Document type: Oath
Year: 1447
Scribe: Pere Figuerola
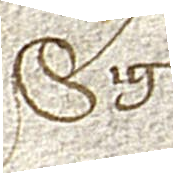
Sig